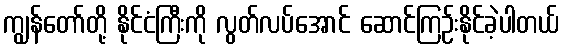
ကျွန်တော်တို့ နိုင်ငံကြီးကို လွတ်လပ်အောင် ဆောင်ကြဉ်းနိုင်ခဲ့ပါတယ်